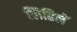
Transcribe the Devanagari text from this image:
लिहिलें